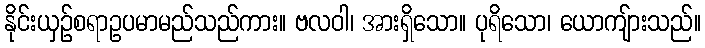
နိုင်းယှဉ်စရာဥပမာမည်သည်ကား။ ဗလဝါ၊ အားရှိသော။ ပုရိသော၊ ယောကျ်ားသည်။